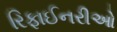
રિફાઈનરીઓ